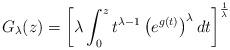
LaTeX: \begin{align*}G_{\lambda }(z)=\left[ \lambda \int_{0}^{z}t^{\lambda -1}\left(e^{g(t)}\right) ^{\lambda }dt\right] ^{\frac{1}{\lambda }}~~ \end{align*}